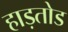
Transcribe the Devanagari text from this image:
हाड़तोड